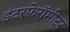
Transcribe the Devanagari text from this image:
इंटरफेरॉमीटर